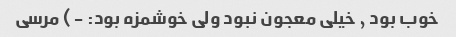
خوب بود , خیلی معجون نبود ولی خوشمزه بود: -) مرسی